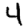
Digit: 4